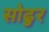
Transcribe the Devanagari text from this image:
सोढुर